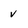
Character: V